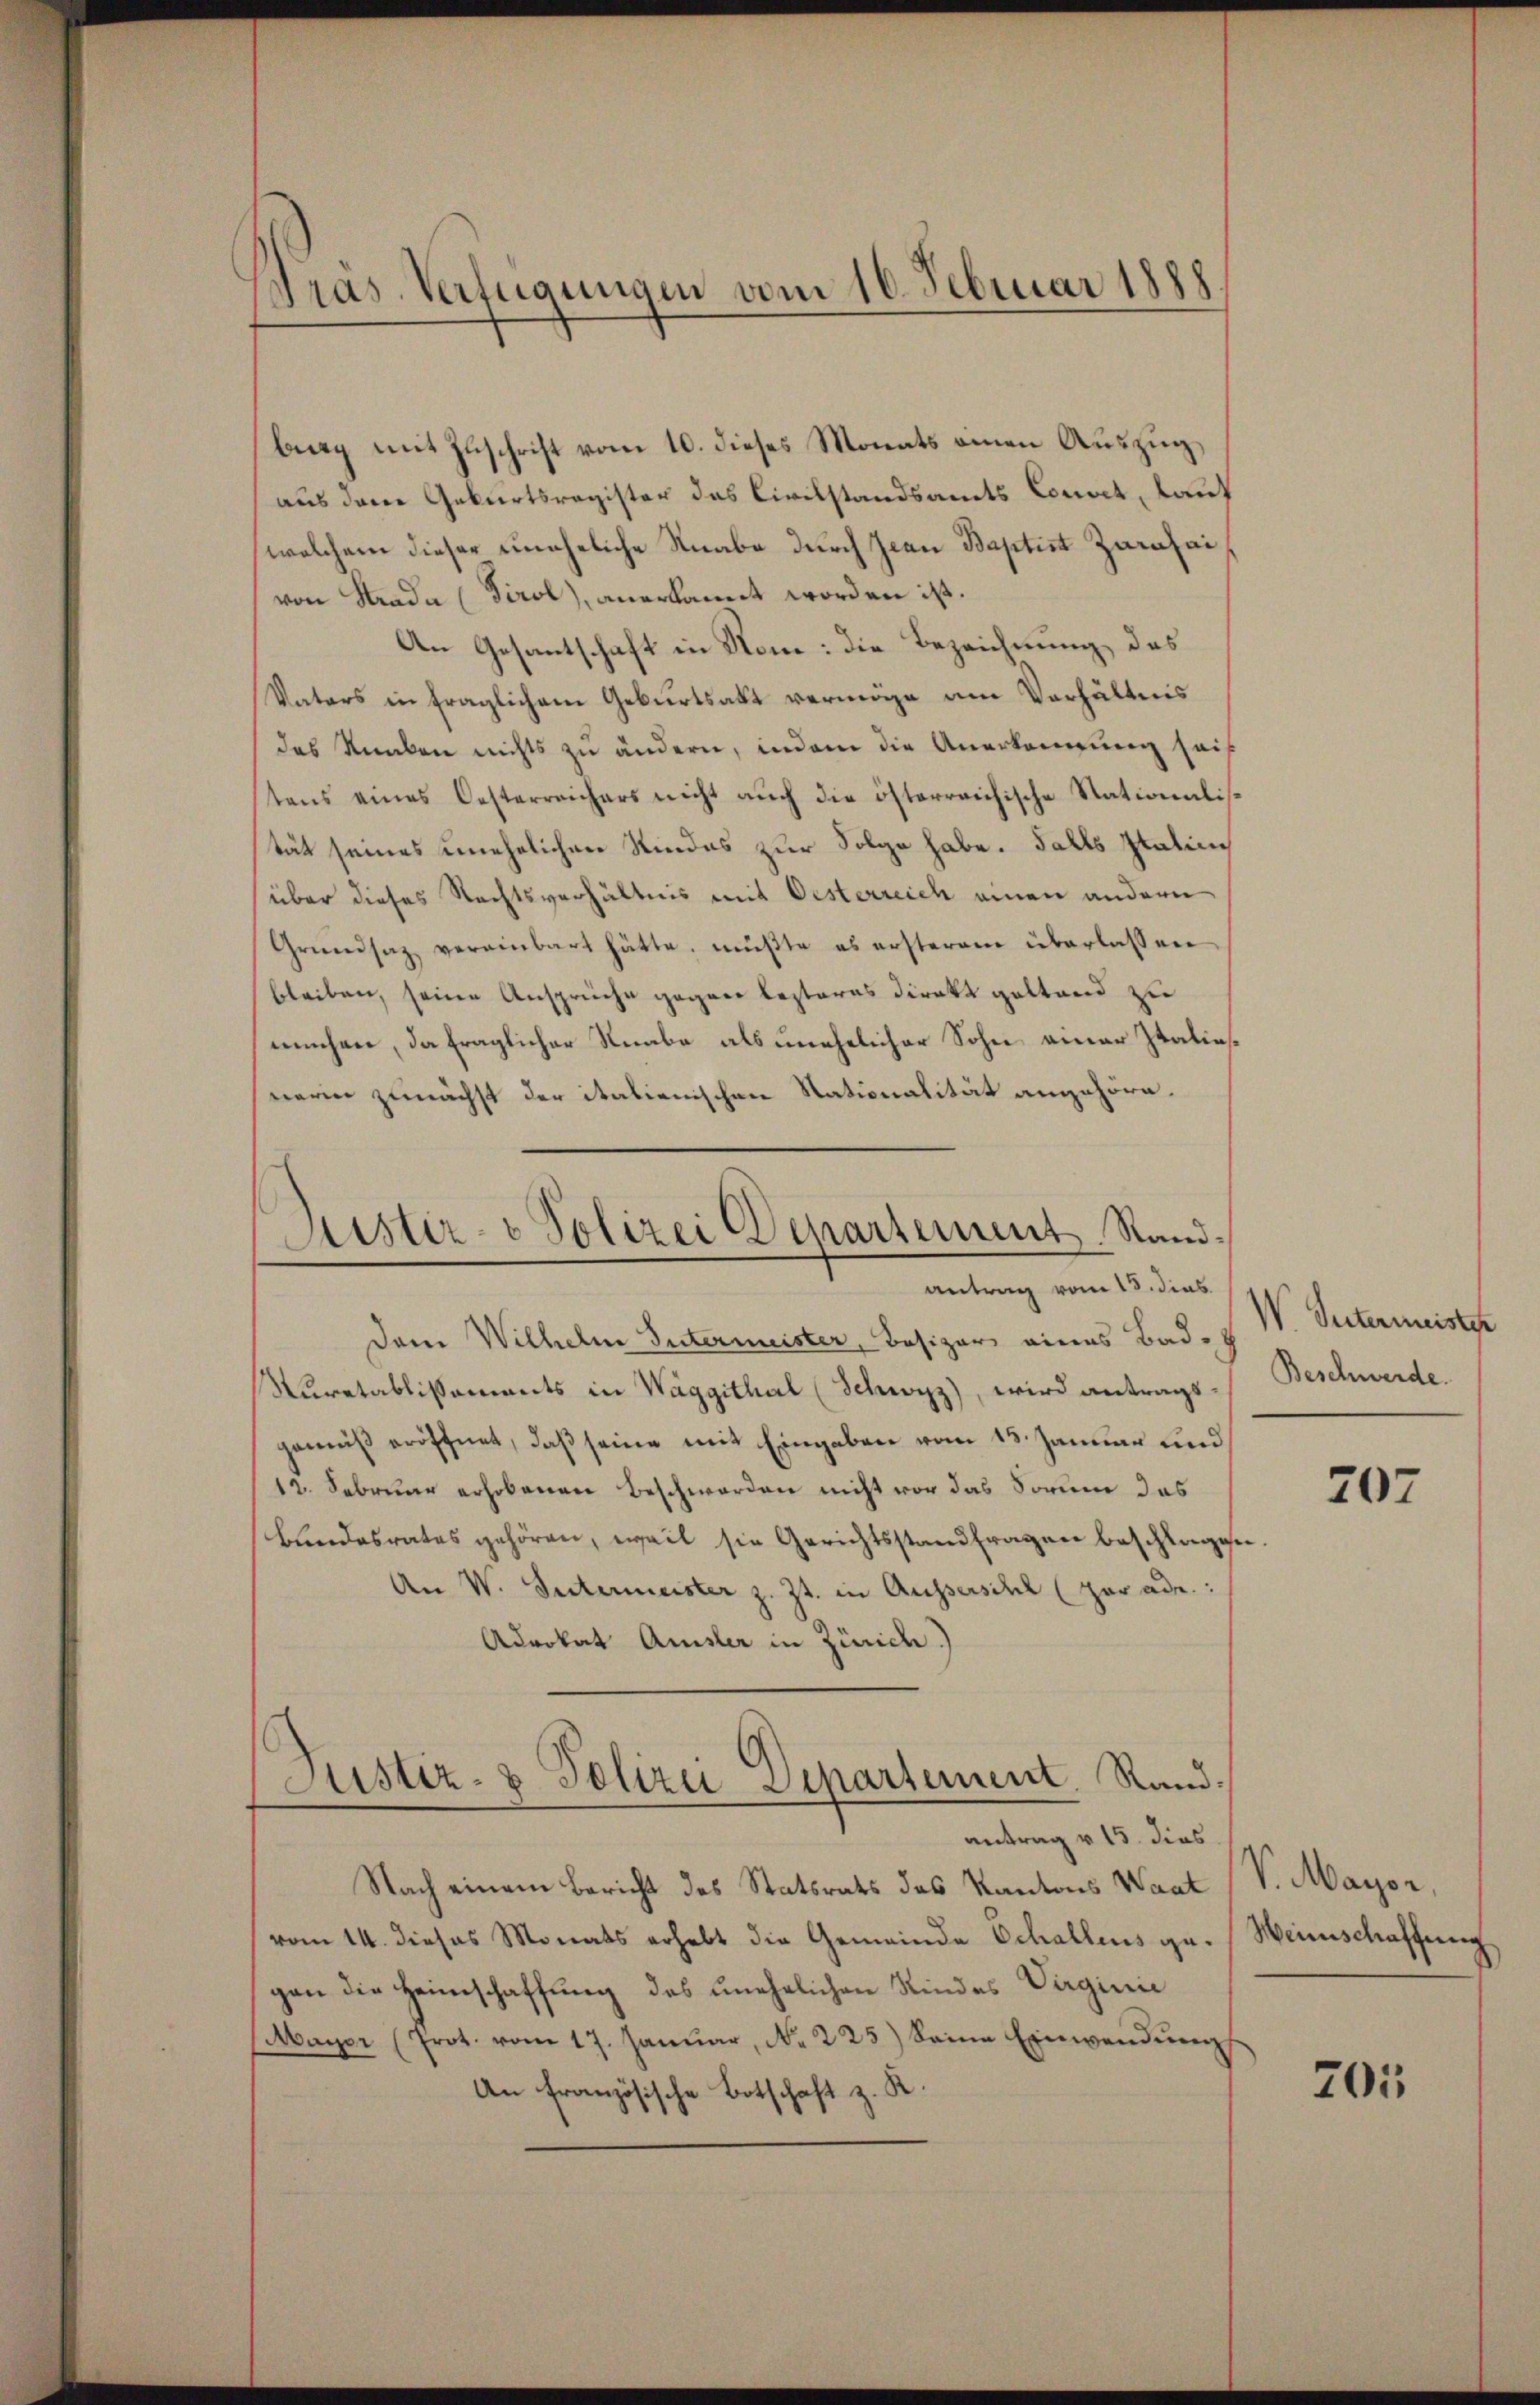
Präs. Verfügungen vom 16. Februar 1888.

burg mit Zuschrift vom 10. dieses Monats einen Auszug,
aus dem Geburtsregister das Civilstandsamts Convet, lauf
welchem dieser uneheliche Knabe durch Jean Baptist Zurnhai
von Strada (Tirol, anerkannt worden ist.
An Gesantschaft in Rom: die Bezeichnung, das
Vaters in fraglichem Geburtsakt vermöge am Verhältnis
das Kunken nichts zu ändern, indem die Anerkennung seit
tens eines Oesterreichers nicht auch die österreichische Stationalistät seines unehelichen Kindes zur Folge habe. Falls statie
über dieses Rechtsverhältnis mit Oesterreich einen andern
Grŭndsaz vereinbart hätte, müßte es ersterem überlassen
bleiben, seine Ansprüche gegen lezteres Direkt geltend zu
müchen, da fraglicher Knabe als unehelicher Sohn einer Italiasnerin zunächst der italienischen Nationalität angehöre.

Aistiz- & Polizei Departement Randantrag vom 15. dies

dem Wilhelm Intermeister, Besizer eines Bad-
Nuretablissements in Waggithal (Schwyz), wird antrags-Beschwerde.
gewiß eröffnet, daß seine mit Eingaben vom 13. Januar und
12. Februar erhobenen Beschwerden nicht vor das Sorum das
Bundesrates gehören, weil sie Gerichtsstand fragen beschlagen
An V. Intermeister z. Zt. in Aussersihl (par ade:
Advokat Amsler in Zürich.)
Justiz- & Polizei Departement. Rand:

antrag v. 15. dies
Nach einem Bericht des Statsrats das Kantons Waat
vom 14. dieses Monats erhebt die Gemeinde Schallens ge-Weinschaffung
gan die Heimschaffung des unehelichen Kindes Virginie
Mayer (Prot. vom 17. Januar, No. 225) Seine Einwendung
An Französische Botschaft z. R.

V. Intermeister

207

V. Mayor,

701